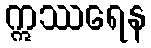
ဣဿရေန